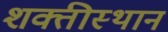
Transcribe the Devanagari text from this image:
शक्तीस्थान